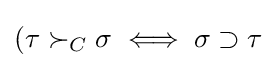
(\tau \succ _{C}\sigma \iff \sigma \supset \tau